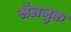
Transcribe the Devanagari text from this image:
सेलजुक